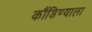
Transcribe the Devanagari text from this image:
कौंडिण्याला